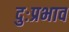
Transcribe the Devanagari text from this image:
दुःप्रभाव